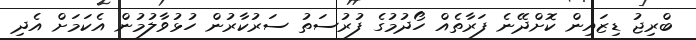
ބްރިޖު ޑިޒައިން ކޮށްދޭނެ ފަރާތެއް ހޯދުމުގެ ފުރުސަތު ސަރުކާރުން ހުޅުވާލުމުން އެކަމަށް އެދި